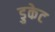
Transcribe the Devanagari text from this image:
डुकेट